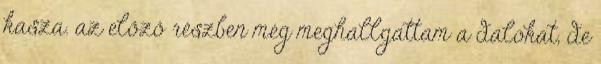
kasza. az előző részben még meghallgattam a dalokat, de